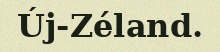
Új-Zéland.